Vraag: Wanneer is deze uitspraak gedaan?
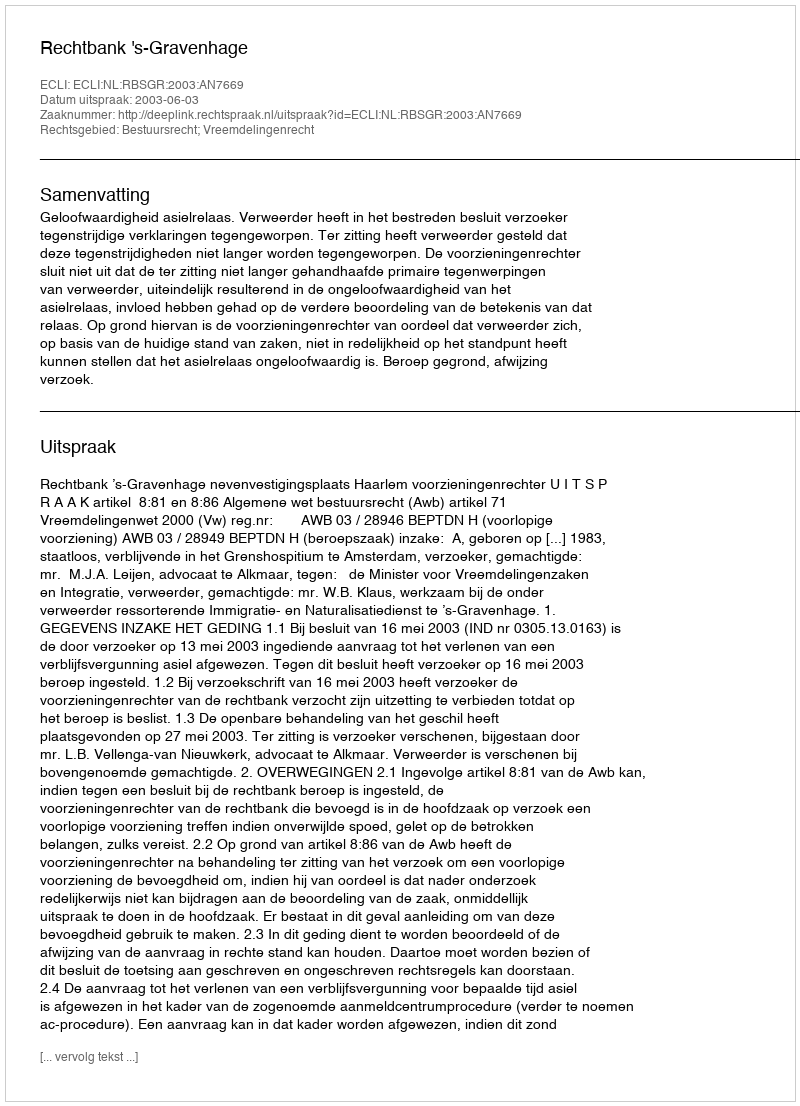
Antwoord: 2003-06-03